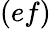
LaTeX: (ef)